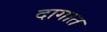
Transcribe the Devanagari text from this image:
दागात